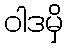
ဝါဒမှိ